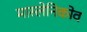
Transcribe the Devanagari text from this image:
मास्लेनिकोव